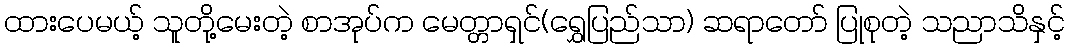
ထားပေမယ့် သူတို့မေးတဲ့ စာအုပ်က မေတ္တာရှင်(ရွှေပြည်သာ) ဆရာတော် ပြုစုတဲ့ သညာသိနှင့်